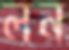
লন